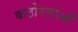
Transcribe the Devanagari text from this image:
कठोरताओं